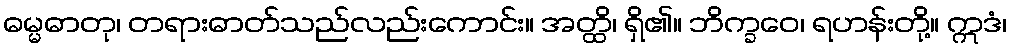
ဓမ္မဓာတု၊ တရားဓာတ်သည်လည်းကောင်း။ အတ္ထိ၊ ရှိ၏။ ဘိက္ခဝေ၊ ရဟန်းတို့။ ဣဒံ၊